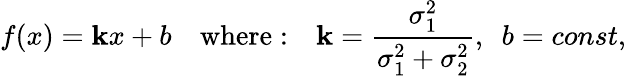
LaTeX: f(x)=\mathbf{k}x+b\quad\mathrm{{where:}}\quad\mathbf{k}=\frac{{\sigma_{1}^{2}}}{{\sigma_{1}^{2}+\sigma_{2}^{2}}},\ \ b=const,